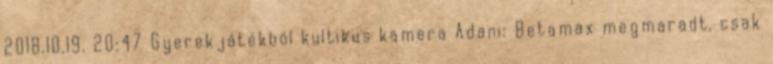
2018.10.19. 20:47 Gyerekjátékból kultikus kamera Adani: Betamax megmaradt, csak